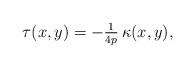
LaTeX: \begin{align*}\tau(x,y) = -\tfrac{1}{4p}\,\kappa(x,y),\end{align*}